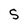
Character: S